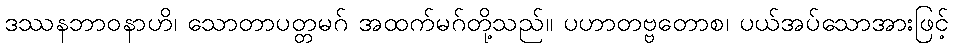
ဒဿနဘာဝနာဟိ၊ သောတာပတ္တမဂ် အထက်မဂ်တို့သည်။ ပဟာတဗ္ဗတောစ၊ ပယ်အပ်သောအားဖြင့်